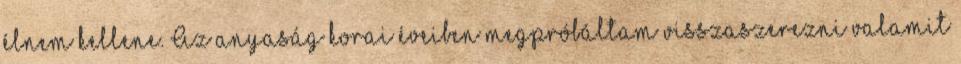
élnem kellene. Az anyaság korai éveiben megpróbáltam visszaszerezni valamit